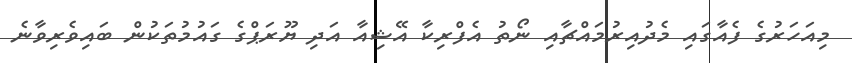
މިއަހަރުގެ ފެއާގައި މެދުއިރުމައްޗާއި ނޯތު އެފްރިކާ އޭޝިއާ އަދި ޔޫރަޕްގެ ގައުމުތަކުން ބައިވެރިވާނެ